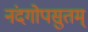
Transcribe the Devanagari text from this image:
नंदगोपसुतम्